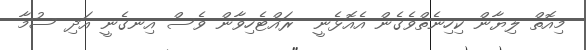
މިއޮތް ލިޔާން ކިހިނެތްވެގެން އެއޮޅެނީ  ރައްޓެހިވާން ވެސް އިނގެނީ އަދި ސުމާ